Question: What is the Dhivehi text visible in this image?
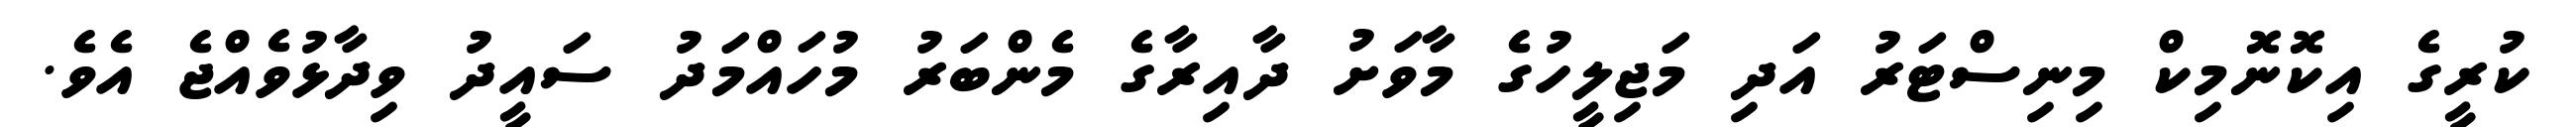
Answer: ކުރީގެ އިކޮނޮމިކް މިނިސްޓަރު އަދި މަޖިލީހުގެ މާވަށު ދާއިރާގެ މެންބަރު މުހައްމަދު ސައީދު ވިދާޅުވެއްޖެ އެވެ.